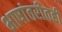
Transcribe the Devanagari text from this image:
भाषांतरीतही